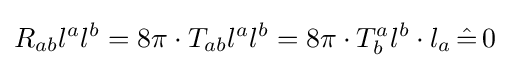
R_{ab}l^{a}l^{b}=8\pi \cdot T_{ab}l^{a}l^{b}=8\pi \cdot T_{b}^{a}l^{b}\cdot l_{a}\,{\hat {=}}\,0